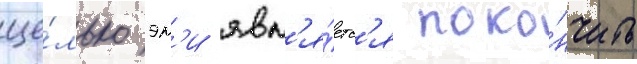
це́лью эм'и явл'я́етс'я поко́нчить